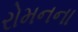
રોમનના